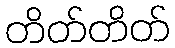
တိတ်တိတ်